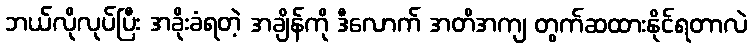
ဘယ်လိုလုပ်ပြီး အခိုးခံရတဲ့ အချိန်ကို ဒီလောက် အတိအကျ တွက်ဆထားနိုင်ရတာလဲ